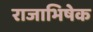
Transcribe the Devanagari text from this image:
राजाभिषेक